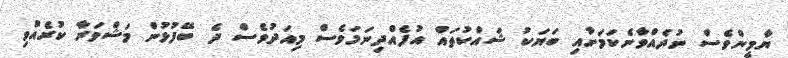
ޔާމީންވެސް ނުދެއްވާނެކަމަށާއި ބަޔަކު ޝައްކުތައް އުފެއްދިނަމަވެސް މިއަދުވެސް ދެ ބޭފުޅުން މަޝްވަރާ ކުރެއްވި